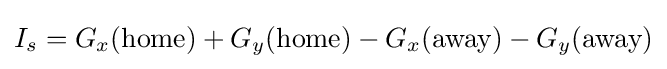
I_{s}=G_{x}({\mbox{home}})+G_{y}({\mbox{home}})-G_{x}({\mbox{away}})-G_{y}({\mbox{away}})